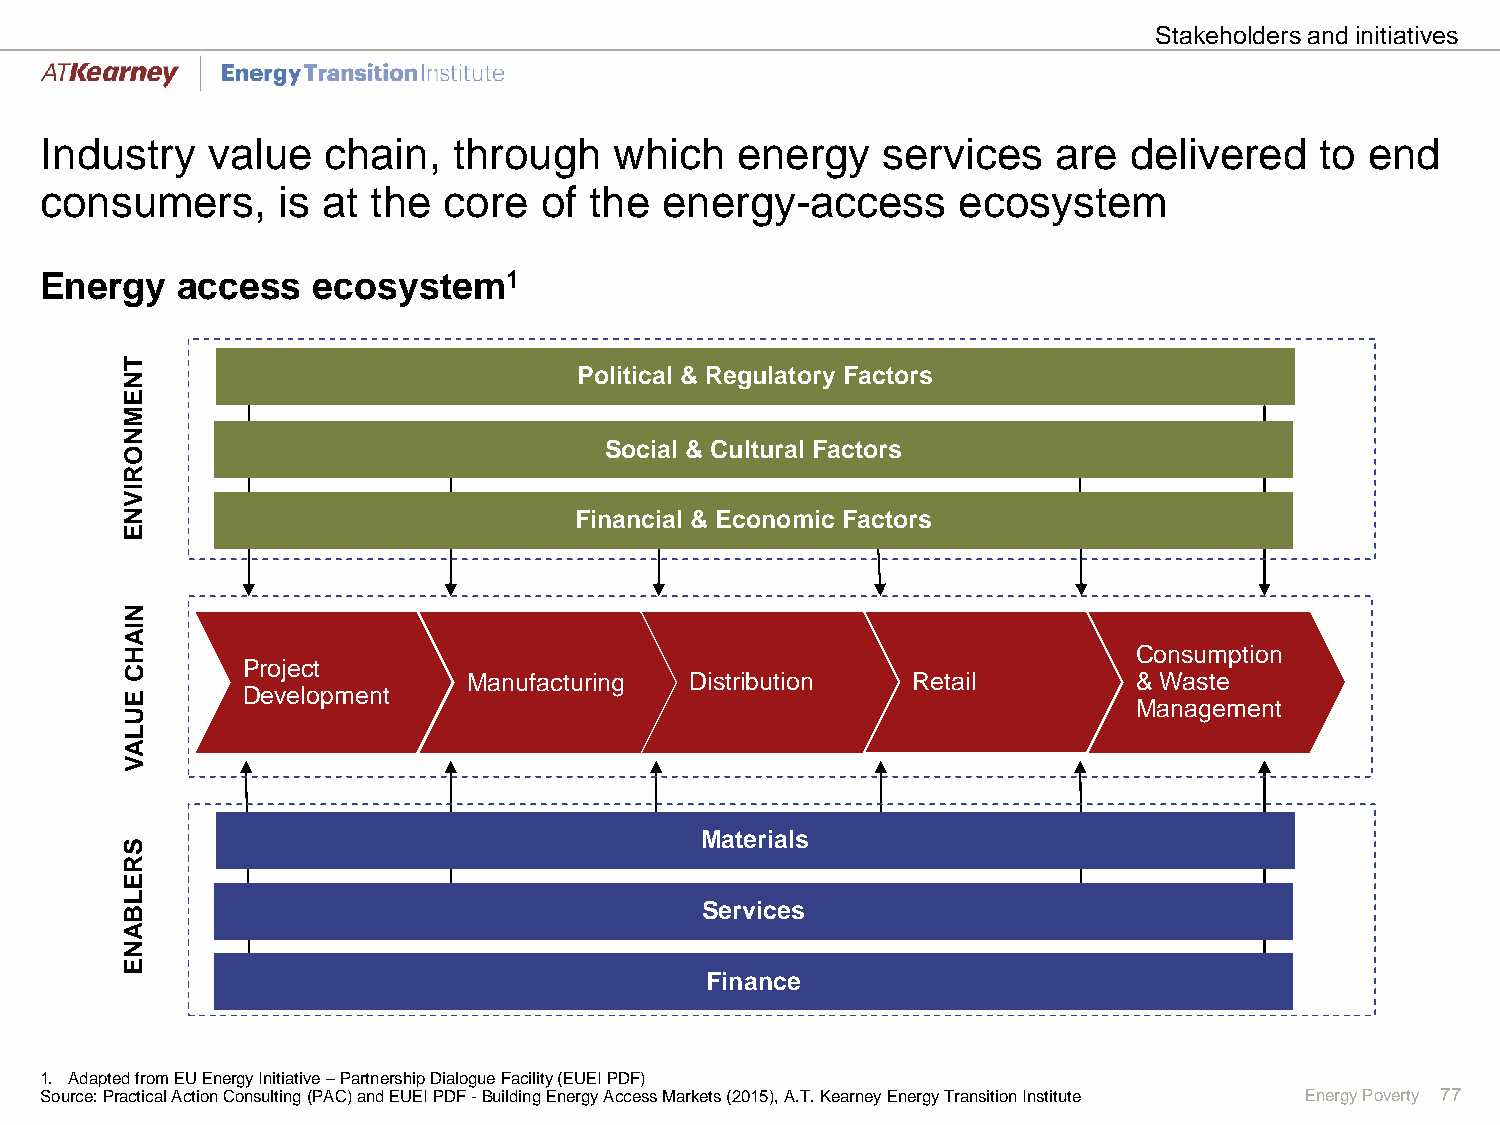
Stakeholders and initiatives
 Industry   value  chain,   through    which   energy   services    are  delivered   to  end
 consumers,     is at  the core   of the  energy-access      ecosystem
 Energy   access   ecosystem1
 T
 N                             Political & Regulatory Factors
 E
 M
 N
 Social & Cultural Factors
 O
 R
 I
 V
 N                             Financial & Economic Factors
 E
 N
 IA
 H                                                                  Consumption
 Project
 C                      Manufacturing  Distribution  Retail         & Waste
 E       Development
 Management
 U
 L
 A
 V
 Materials
 S
 R
 E
 L
 B                                     Services
 A
 N
 E
 Finance
 1. Adapted from EU Energy Initiative –Partnership Dialogue Facility (EUEI PDF)
 Source: Practical Action Consulting (PAC) and EUEI PDF -Building Energy Access Markets (2015), A.T.Kearney Energy Transition Institute Energy Poverty 77